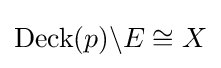
\operatorname {Deck} (p)\backslash E\cong X